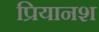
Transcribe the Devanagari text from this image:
प्रियानश